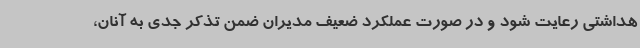
هداشتی رعایت شود و در صورت عملکرد ضعیف مدیران ضمن تذکر جدی به آنان،